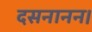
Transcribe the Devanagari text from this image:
दसनानन।